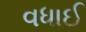
વધાઈ